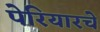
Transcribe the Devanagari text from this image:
पेरियारचे